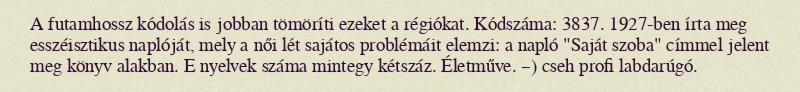
A futamhossz kódolás is jobban tömöríti ezeket a régiókat. Kódszáma: 3837. 1927-ben írta meg esszéisztikus naplóját, mely a női lét sajátos problémáit elemzi: a napló "Saját szoba" címmel jelent meg könyv alakban. E nyelvek száma mintegy kétszáz. Életműve. –) cseh profi labdarúgó.